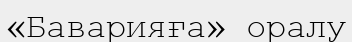
«Баварияға» оралу